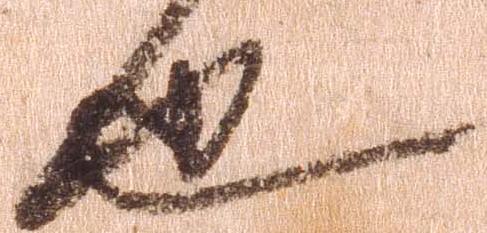
也